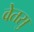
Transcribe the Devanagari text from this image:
वेतसु